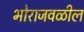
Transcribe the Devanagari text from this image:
भोराजवळील